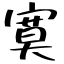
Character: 寞